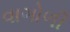
વાગોળી